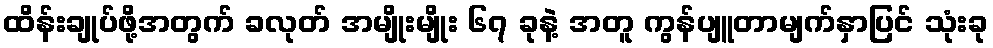
ထိန်းချုပ်ဖို့အတွက် ခလုတ် အမျိုးမျိုး ၆၇ ခုနဲ့ အတူ ကွန်ပျူတာမျက်နှာပြင် သုံးခု